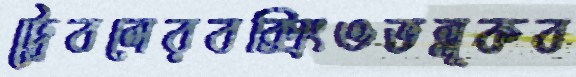
ট্রেবলেরবক্সিংওভল্লূকব